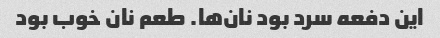
این دفعه سرد بود نان‌ها. طعم نان خوب بود